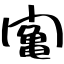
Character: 䦰